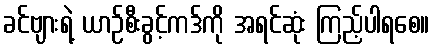
ခင်ဗျားရဲ့ ယာဉ်စီးခွင့်ကဒ်ကို အရင်ဆုံး ကြည့်ပါရစေ။